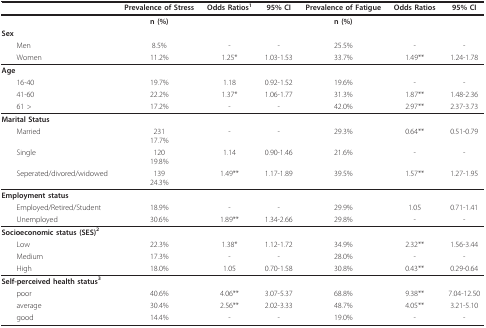
|  | Prevalence of Stress | Odds Ratios1 | 95% CI | Prevalence of Fatigue | Odds Ratios | 95% CI |
 | --- | --- | --- | --- | --- | --- | --- |
 |  | n (%) |  |  | n (%) |  |  |
 | Sex |  |  |  |  |  |  |
 | Men | 8.5% | - | - | 25.5% | - | - |
 | Women | 11.2% | 1.25* | 1.03-1.53 | 33.7% | 1.49** | 1.24-1.78 |
 | Age |  |  |  |  |  |  |
 | 16-40 | 19.7% | 1.18 | 0.92-1.52 | 19.6% | - | - |
 | 41-60 | 22.2% | 1.37* | 1.06-1.77 | 31.3% | 1.87** | 1.48-2.36 |
 | 61 > | 17.2% | - | - | 42.0% | 2.97** | 2.37-3.73 |
 | Marital Status |  |  |  |  |  |  |
 | Married | 23117.7% | - | - | 29.3% | 0.64** | 0.51-0.79 |
 | Single | 12019.8% | 1.14 | 0.90-1.46 | 21.6% | - | - |
 | Seperated/divored/widowed | 13924.3% | 1.49** | 1.17-1.89 | 39.5% | 1.57** | 1.27-1.95 |
 | Employment status |  |  |  |  |  |  |
 | Employed/Retired/Student | 18.9% | - | - | 29.9% | 1.05 | 0.71-1.41 |
 | Unemployed | 30.6% | 1.89** | 1.34-2.66 | 29.8% | - | - |
 | Socioeconomic status (SES)2 |  |  |  |  |  |  |
 | Low | 22.3% | 1.38* | 1.12-1.72 | 34.9% | 2.32** | 1.56-3.44 |
 | Medium | 17.3% | - | - | 28.0% | - | - |
 | High | 18.0% | 1.05 | 0.70-1.58 | 30.8% | 0.43** | 0.29-0.64 |
 | Self-perceived health status3 |  |  |  |  |  |  |
 | poor | 40.6% | 4.06** | 3.07-5.37 | 68.8% | 9.38** | 7.04-12.50 |
 | average | 30.4% | 2.56** | 2.02-3.33 | 48.7% | 4.05** | 3.21-5.10 |
 | good | 14.4% | - | - | 19.0% | - | - |